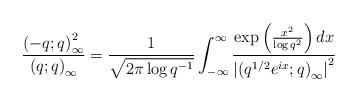
LaTeX: \begin{align*}\frac{\left(-q;q\right)_{\infty}^{2}}{\left(q;q\right)_{\infty}}=\frac{1}{\sqrt{2\pi\log q^{-1}}}\int_{-\infty}^{\infty}\frac{\exp\left(\frac{x^{2}}{\log q^{2}}\right)dx}{\left|\left(q^{1/2}e^{ix};q\right)_{\infty}\right|^{2}}\end{align*}